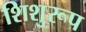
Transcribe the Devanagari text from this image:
शिशुरूप